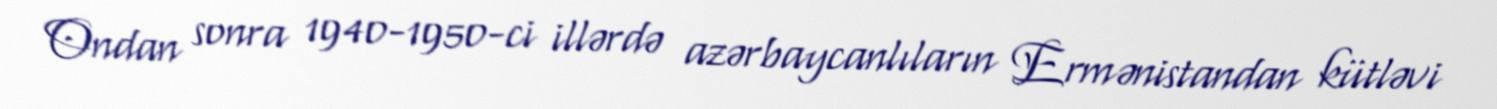
Ondan sonra 1940-1950-ci illərdə azərbaycanlıların Ermənistandan kütləvi